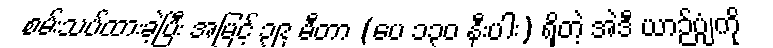
စမ်းသပ်ထားခဲ့ပြီး အမြင့် ၃၉ မီတာ (ပေ ၁၃၀ နီးပါး) ရှိတဲ့ အဲဒီ ယာဉ်ပျံကို